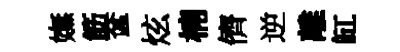
嫵筯奩炫楠儕逆離缸